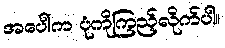
အပေါ်က ပုံကိုကြည့်လိုက်ပါ။